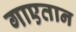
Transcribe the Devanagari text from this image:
गाएतान